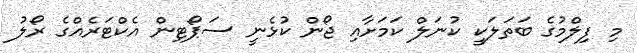
މި ފިލްމުގެ ބަތަލަކީ ކުނަލް ކަމަށާއި ޖޯން ކުޅެނީ ސަޕޯޓިން އެކްޓަރެއްގެ ރޯލު